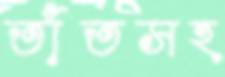
তাঁতসহ